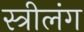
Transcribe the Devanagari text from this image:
स्त्रीलंग